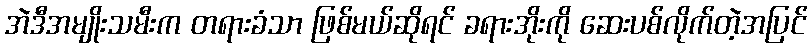
အဲဒီအမျိုးသမီးက တရားခံသာ ဖြစ်မယ်ဆိုရင် ခရားအိုးကို ဆေးပစ်လိုက်တဲ့အပြင်